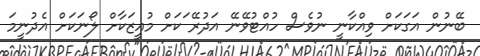
ބޭނުން އަގަކަށް ވިއްކާނީ ނުވެސް ހުއްޓުވޭނޭ އަދުރޭ ަކަށް މުއީޒަކާށް ލޯނަކަށް އެދުނީމަ